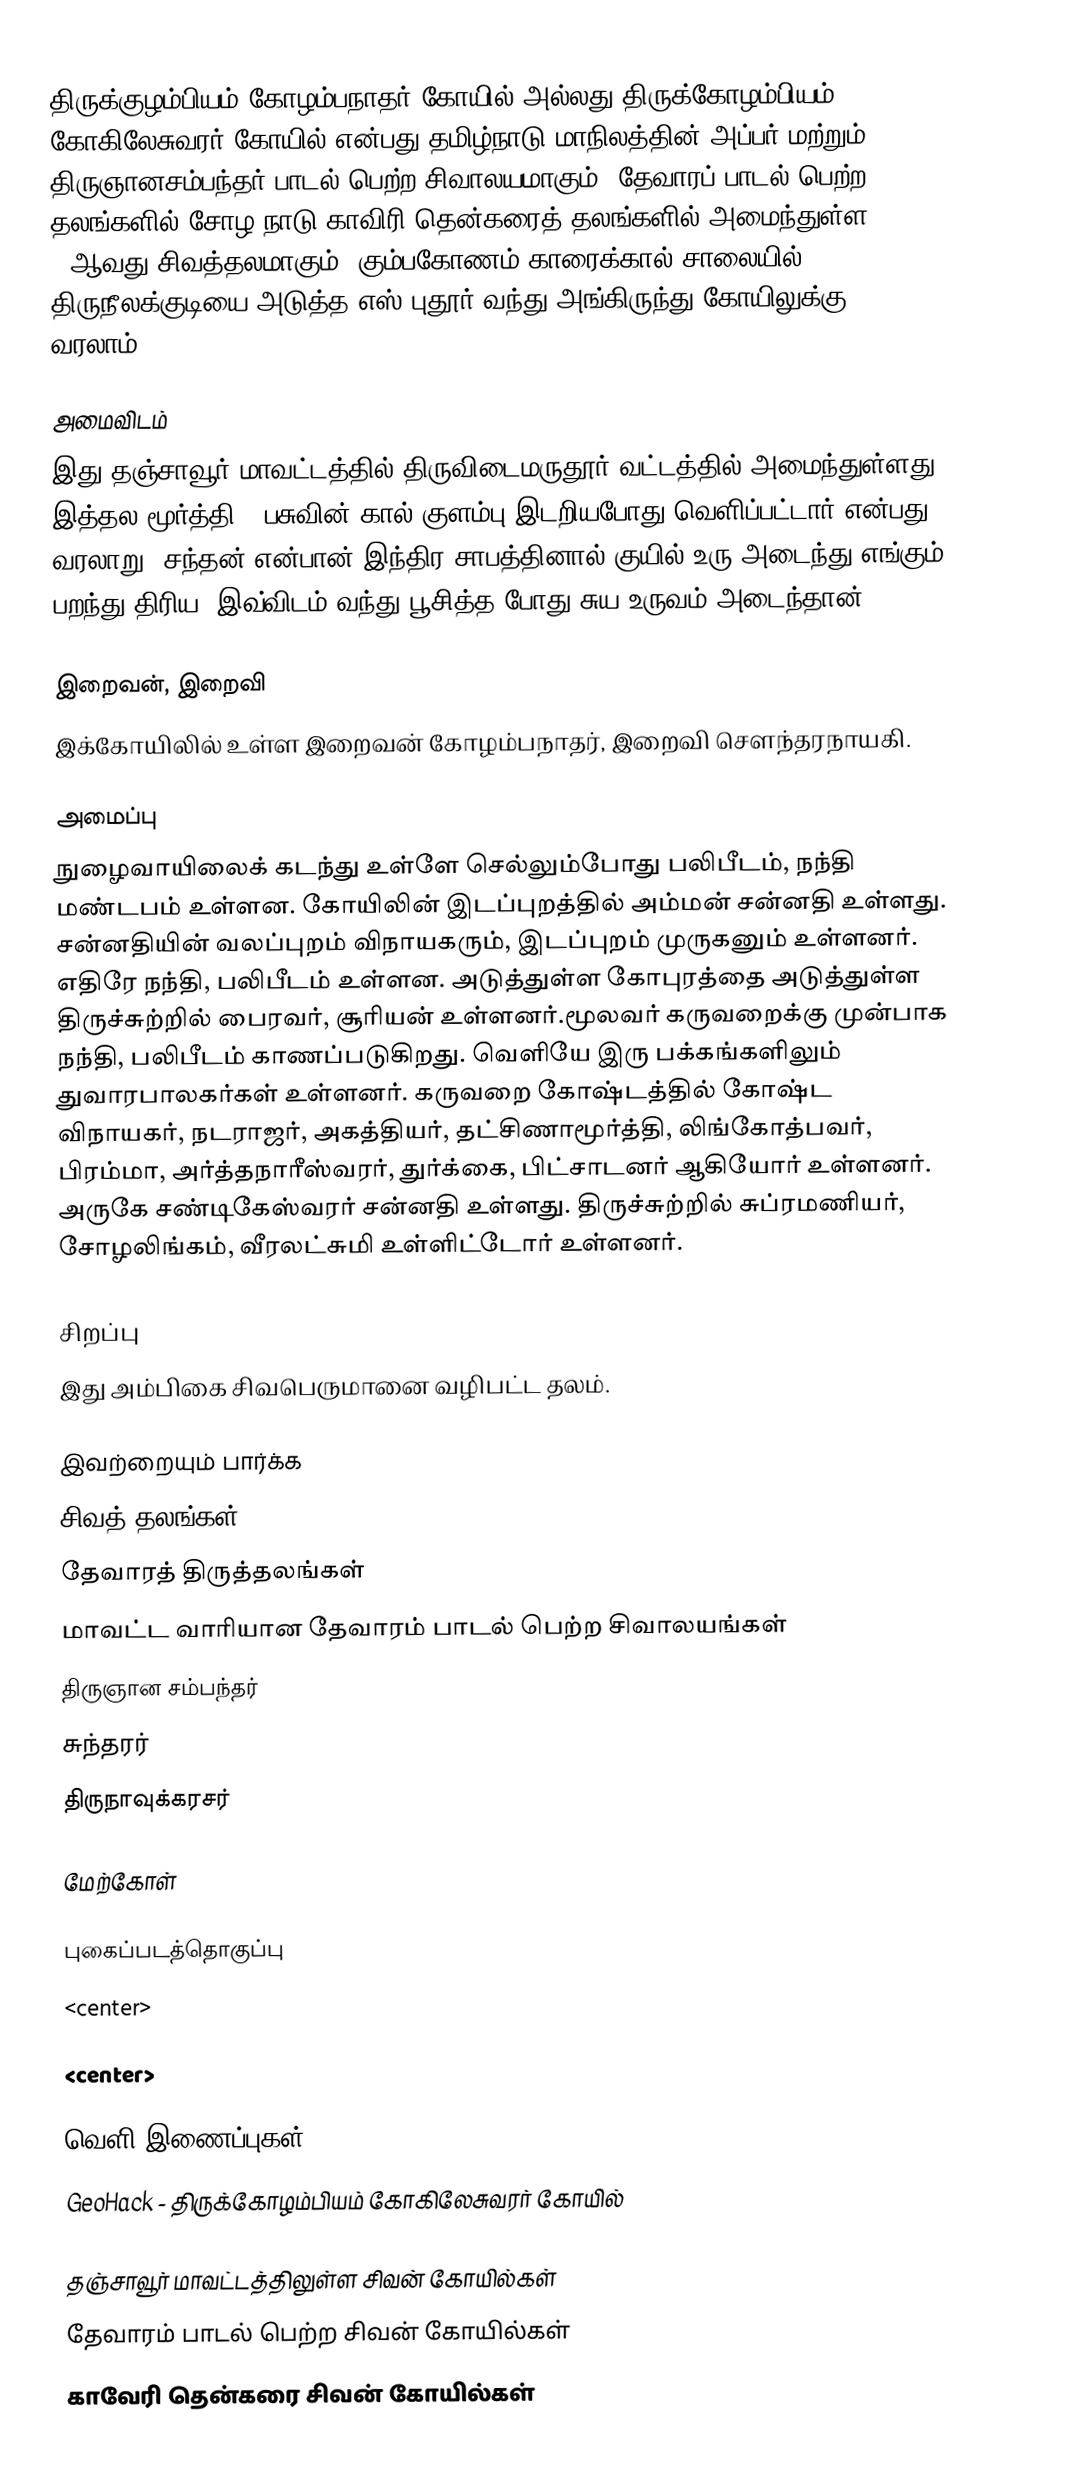
திருக்குழம்பியம் கோழம்பநாதர் கோயில் அல்லது திருக்கோழம்பியம் கோகிலேசுவரர் கோயில் என்பது தமிழ்நாடு மாநிலத்தின் அப்பர் மற்றும் திருஞானசம்பந்தர் பாடல் பெற்ற சிவாலயமாகும். தேவாரப் பாடல் பெற்ற தலங்களில் சோழ நாடு காவிரி தென்கரைத் தலங்களில் அமைந்துள்ள 35ஆவது சிவத்தலமாகும். கும்பகோணம்-காரைக்கால் சாலையில் திருநீலக்குடியை அடுத்த எஸ்.புதூர் வந்து அங்கிருந்து கோயிலுக்கு வரலாம்.

அமைவிடம்
இது தஞ்சாவூர் மாவட்டத்தில் திருவிடைமருதூர் வட்டத்தில்  அமைந்துள்ளது.  இத்தல மூர்த்தி , பசுவின் கால் குளம்பு இடறியபோது வெளிப்பட்டார் என்பது வரலாறு. சந்தன் என்பான் இந்திர சாபத்தினால் குயில் உரு அடைந்து எங்கும் பறந்து திரிய, இவ்விடம் வந்து பூசித்த போது சுய உருவம் அடைந்தான்.

இறைவன், இறைவி
இக்கோயிலில் உள்ள இறைவன் கோழம்பநாதர், இறைவி சௌந்தரநாயகி.

அமைப்பு
நுழைவாயிலைக் கடந்து உள்ளே செல்லும்போது பலிபீடம், நந்தி மண்டபம் உள்ளன. கோயிலின் இடப்புறத்தில் அம்மன் சன்னதி உள்ளது. சன்னதியின் வலப்புறம் விநாயகரும், இடப்புறம் முருகனும் உள்ளனர். எதிரே நந்தி, பலிபீடம் உள்ளன. அடுத்துள்ள கோபுரத்தை அடுத்துள்ள திருச்சுற்றில் பைரவர், சூரியன்  உள்ளனர்.மூலவர் கருவறைக்கு முன்பாக நந்தி, பலிபீடம் காணப்படுகிறது. வெளியே இரு பக்கங்களிலும் துவாரபாலகர்கள் உள்ளனர். கருவறை கோஷ்டத்தில் கோஷ்ட விநாயகர், நடராஜர், அகத்தியர், தட்சிணாமூர்த்தி, லிங்கோத்பவர், பிரம்மா, அர்த்தநாரீஸ்வரர், துர்க்கை, பிட்சாடனர் ஆகியோர் உள்ளனர். அருகே சண்டிகேஸ்வரர் சன்னதி உள்ளது. திருச்சுற்றில் சுப்ரமணியர், சோழலிங்கம், வீரலட்சுமி உள்ளிட்டோர் உள்ளனர்.

சிறப்பு
இது அம்பிகை சிவபெருமானை வழிபட்ட தலம்.

இவற்றையும் பார்க்க
 சிவத் தலங்கள்
 தேவாரத் திருத்தலங்கள்
 மாவட்ட வாரியான தேவாரம் பாடல் பெற்ற சிவாலயங்கள்
 திருஞான சம்பந்தர்
 சுந்தரர்
 திருநாவுக்கரசர்

மேற்கோள்

புகைப்படத்தொகுப்பு
<center>

<center>

வெளி இணைப்புகள்
 GeoHack - திருக்கோழம்பியம் கோகிலேசுவரர் கோயில்

தஞ்சாவூர் மாவட்டத்திலுள்ள சிவன் கோயில்கள்
தேவாரம் பாடல் பெற்ற சிவன் கோயில்கள்
காவேரி தென்கரை சிவன் கோயில்கள்